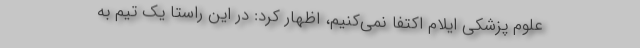
علوم پزشکی ایلام اکتفا نمی‌کنیم، اظهار کرد: در این راستا یک تیم به